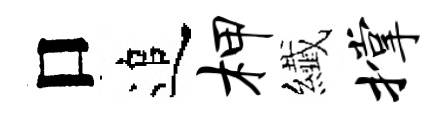
口追柙纎撑